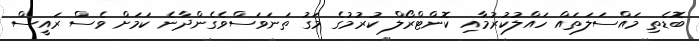
ބޮޑެތި މައްސަލަތައް ހައްލުކުރުމާއި ކޮންޓްރޯލް ކުރުމުގެ މަގު ތަނަވަސްވެގެންދާނެ ކަމަށް ވެސް ރައީސް